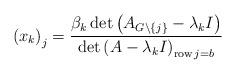
LaTeX: \begin{align*}\left( x_{k}\right) _{j}=\frac{\beta_{k}\det\left( A_{G\backslash\left\{j\right\} }-\lambda_{k}I\right) }{\det\left( A-\lambda_{k}I\right)_{\operatorname{row}j=b}} \end{align*}